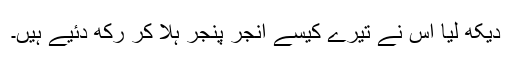
دیکھ لیا اس نے تیرے کیسے انجر پنجر ہلا کر رکھ دئیے ہیں۔